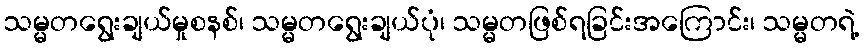
သမ္မတရွေးချယ်မှုစနစ်၊ သမ္မတရွေးချယ်ပုံ၊ သမ္မတဖြစ်ရခြင်းအကြောင်း၊ သမ္မတရဲ့